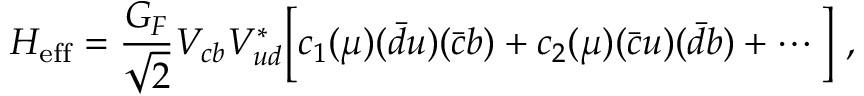
{ \cal H } _ { \mathrm { e f f } } = \frac { G _ { F } } { \sqrt { 2 } } V _ { c b } V _ { u d } ^ { * } \Big [ c _ { 1 } ( \mu ) ( { \bar { d } } u ) ( { \bar { c } } b ) + c _ { 2 } ( \mu ) ( { \bar { c } } u ) ( { \bar { d } } b ) + \cdots \Big ] ~ ,